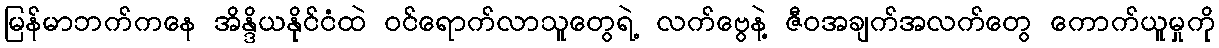
မြန်မာဘက်ကနေ အိန္ဒိယနိုင်ငံထဲ ဝင်ရောက်လာသူတွေရဲ့ လက်ဗွေနဲ့ ဇီဝအချက်အလက်တွေ ကောက်ယူမှုကို